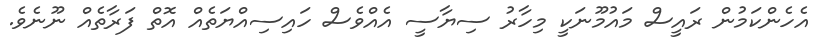
އެހެންކަމުން ރައީސް މައުމޫނަކީ މިހާރު ސިޔާސީ އެއްވެސް ހައިސިއްޔަތެއް އޮތް ފަރާތެއް ނޫނެވެ.